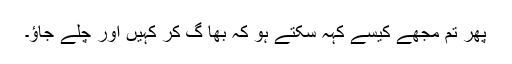
پھر تم مجھے کیسے کہہ سکتے ہو کہ بھا گ کر کہیں اور چلے جاؤ۔